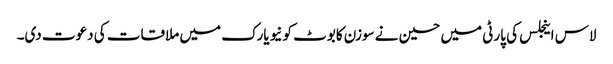
لاس اینجلس کی پارٹی میں حسین نے سوزن کابوٹ کو نیویارک میں ملاقات کی دعوت دی۔